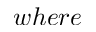
w h e r e